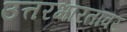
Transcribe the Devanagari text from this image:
उत्तरभारतावर